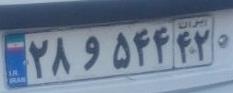
۲۸و۵۴۴۴۲